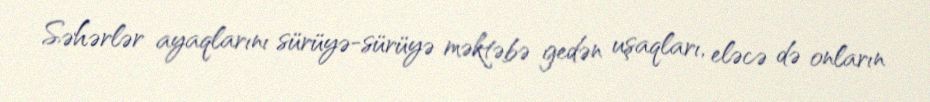
Səhərlər ayaqlarını sürüyə-sürüyə məktəbə gedən uşaqları, eləcə də onların